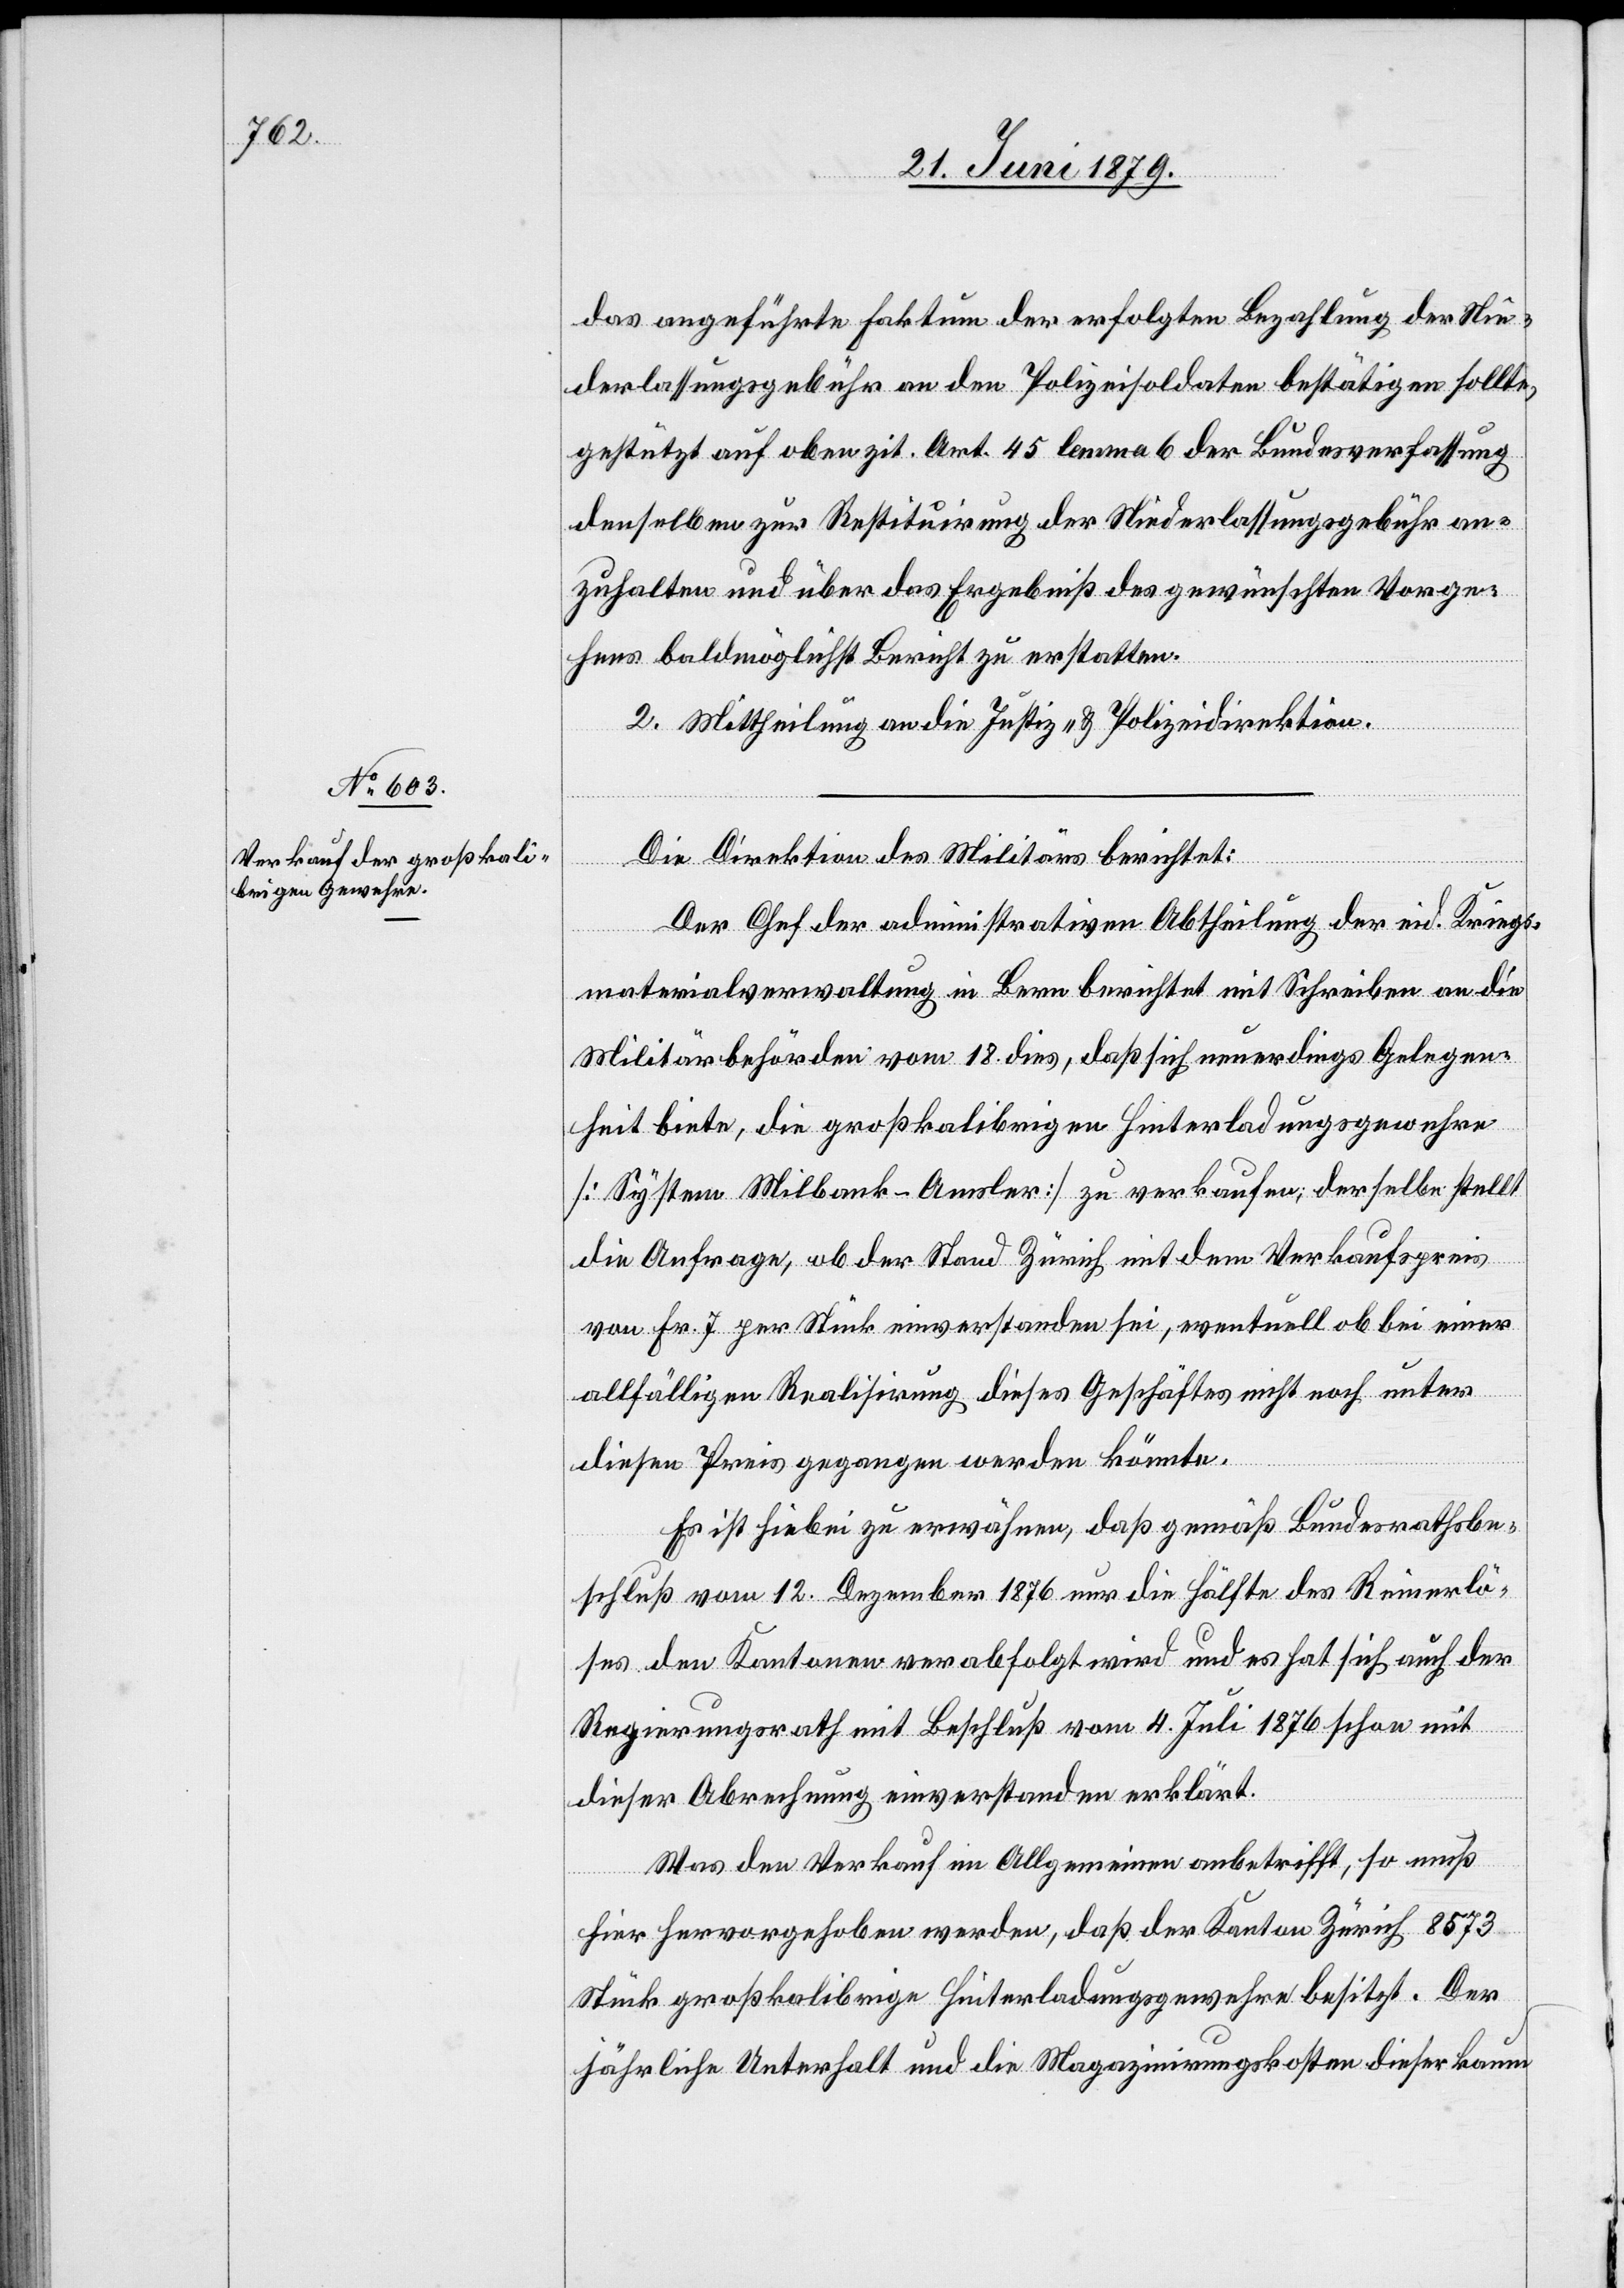
das angeführte Faktum der erfolgten Bezahlung der Nie¬
derlassungsgebühr an den Polizeisoldaten bestätigen sollte,
gestützt auf oben zit. Art. 45 lemma 6 der Bundesverfassung
denselben zur Restituirung der Niederlassungsgebühr an¬
zuhalten und über das Ergebniß des gewünschten Vorge¬
hens baldmöglichst Bericht zu erstatten.
2. Mittheilung an die Justiz- & Polizeidirektion.
Die Direktion des Militärs berichtet:
Der Chef der administrativen Abtheilung der eid. Kriegs¬
materialverwaltung in Bern berichtet mit Schreiben an die
Militärbehörden vom 18. dies, daß sich neuerdings Gelegen¬
heit biete, die großkalibrigen Hinterladungsgewehre
[System Milbank-Amsler] zu verkaufen; derselbe stellt
die Anfrage, ob der Stand Zürich mit dem Verkaufspreis
von Fr. 7 per Stück einverstanden sei, eventuell ob bei einer
allfälligen Realisirung dieses Geschäftes nicht noch unter
diesen Preis gegangen werden könnte.
Es ist hiebei zu erwähnen, daß gemäß Bundesrathsbe¬
schluß vom 12. Dezember 1876 nur die Hälfte des Reinerlö¬
ses den Kantonen verabfolgt wird und es hat sich auch der
Regierungsrath mit Beschluß vom 4. Juli 1876 schon mit
dieser Abrechnung einverstanden erklärt.
Was den Verkauf im Allgemeinen anbetrifft, so muß
hier hervorgehoben werden, daß der Kanton Zürich 8573
Stück großkalibrige Hinterladungsgewehre besitzt. Der
jährliche Unterhalt und die Magazinirungskosten dieser kaum